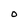
Character: O